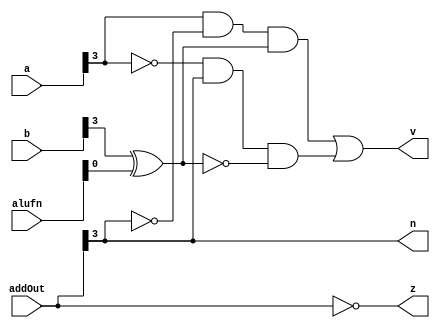
/*
   This file was generated automatically by the Mojo IDE version B1.3.6.
   Do not edit this file directly. Instead edit the original Lucid source.
   This is a temporary file and any changes made to it will be destroyed.
*/

module zvn_13 (
    input [3:0] a,
    input [3:0] b,
    input [3:0] addOut,
    input [5:0] alufn,
    output reg z,
    output reg v,
    output reg n
  );
  
  
  
  always @* begin
    z = !(addOut);
    v = (a[3+0-:1] & !addOut[3+0-:1] & (b[3+0-:1] ^ alufn[0+0-:1])) | (!a[3+0-:1] & addOut[3+0-:1] & !(b[3+0-:1] ^ alufn[0+0-:1]));
    n = addOut[3+0-:1];
  end
endmodule